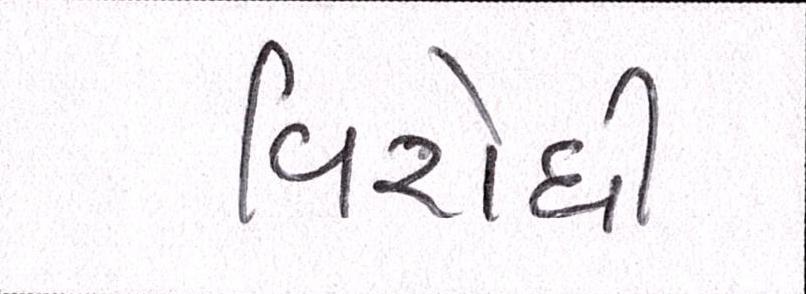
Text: વિરોધી